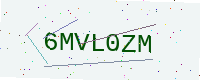
Text: 6MVL0ZM